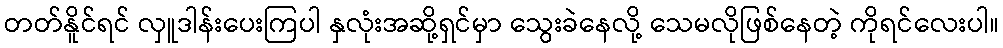
တတ်နိူင်ရင် လှူဒါန်းပေးကြပါ နှလုံးအဆို့ရှင်မှာ သွေးခဲနေလို့ သေမလိုဖြစ်နေတဲ့ ကိုရင်လေးပါ။